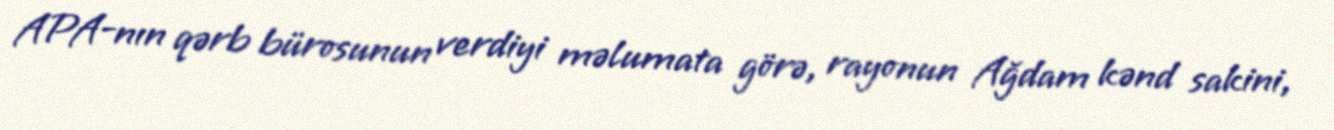
APA-nın qərb bürosunun verdiyi məlumata görə, rayonun Ağdam kənd sakini,